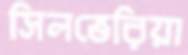
সিলভেরিয়া